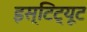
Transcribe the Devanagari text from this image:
इस्टिट्यूट